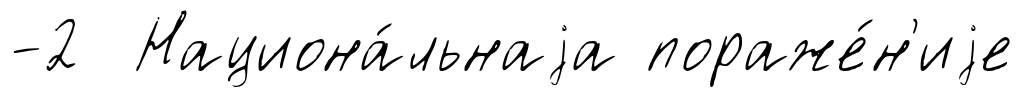
-2 Национа́льнаjа пораже́н'иjе